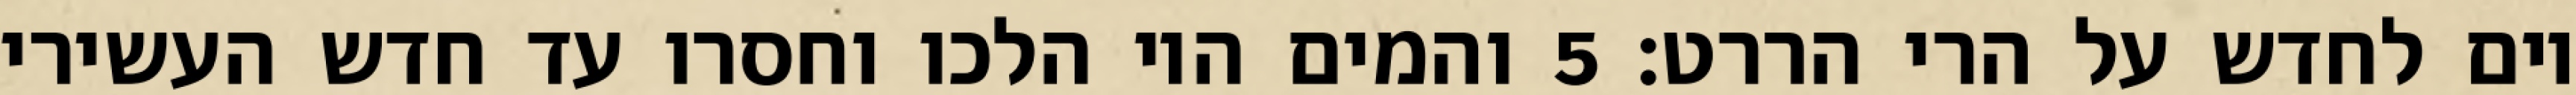
יום לחדש על הרי הררט׃ ‎5‏ והמים היו הלכו וחסרו עד חדש העשירי